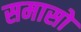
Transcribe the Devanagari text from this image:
समासो